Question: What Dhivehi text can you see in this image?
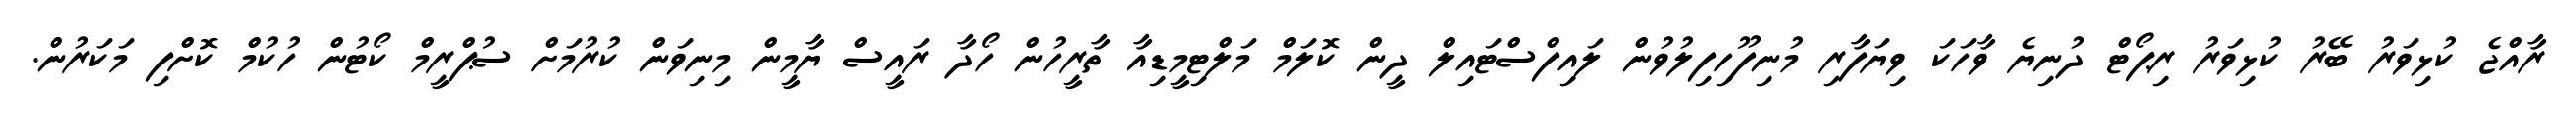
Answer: ރާއްޖެ ކުޅިވަރު ބޭރު ކުޅިވަރު ރިޕޯޓް ދުނިޔެ ވާހަކަ ވިޔަފާރި މުނިފޫހިފިލުވުން ލައިފްސްޓައިލް ދީން ކޮލަމް މަލްޓިމީޑިއާ ތާރީހުން ހޯދާ ރައީސް ޔާމީން މިނިވަން ކުރުމަށް ސުޕްރީމް ކޯޓުން ހުކުމް ކޮށްފި މަކަރުން.